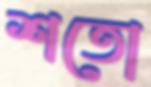
শতো